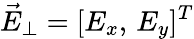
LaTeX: \vec{E}_{\perp}=[E_{x},\, E_{y}]^{T}